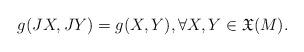
LaTeX: \begin{align*}g(JX, JY)= g(X, Y), \forall X, Y \in {\mathfrak X} (M).\end{align*}